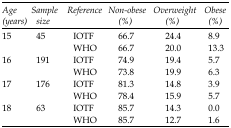
<table><thead><tr><td><b><i>Age (years)</i></b></td><td><b><i>Sample size</i></b></td><td><b><i>Reference</i></b></td><td><b><i>Non-obese</i><i>(%)</i></b></td><td><b><i>Overweight</i><i>(%)</i></b></td><td><b><i>Obese</i><i>(%)</i></b></td></tr></thead><tbody><tr><td rowspan="2">15</td><td rowspan="2">45</td><td>IOTF</td><td>66.7</td><td>24.4</td><td>8.9</td></tr><tr><td>WHO</td><td>66.7</td><td>20.0</td><td>13.3</td></tr><tr><td rowspan="2">16</td><td rowspan="2">191</td><td>IOTF</td><td>74.9</td><td>19.4</td><td>5.7</td></tr><tr><td>WHO</td><td>73.8</td><td>19.9</td><td>6.3</td></tr><tr><td rowspan="2">17</td><td rowspan="2">176</td><td>IOTF</td><td>81.3</td><td>14.8</td><td>3.9</td></tr><tr><td>WHO</td><td>78.4</td><td>15.9</td><td>5.7</td></tr><tr><td rowspan="2">18</td><td rowspan="2">63</td><td>IOTF</td><td>85.7</td><td>14.3</td><td>0.0</td></tr><tr><td>WHO</td><td>85.7</td><td>12.7</td><td>1.6</td></tr></tbody></table>